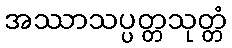
အဿာသပ္ပတ္တသုတ္တံ